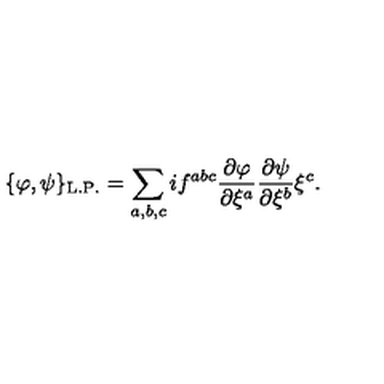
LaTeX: \{ \varphi , \psi \} _ { \mathrm { \tiny \mathrm { L . P . } } } = \sum _ { a , b , c } i f ^ { a b c } \frac { \partial \varphi } { \partial \xi ^ { a } } \frac { \partial \psi } { \partial \xi ^ { b } } \xi ^ { c } .